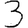
Digit: 3